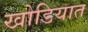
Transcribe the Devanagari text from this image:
खोडियात